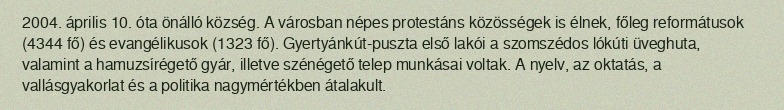
2004. április 10. óta önálló község. A városban népes protestáns közösségek is élnek, főleg reformátusok (4344 fő) és evangélikusok (1323 fő). Gyertyánkút-puszta első lakói a szomszédos lókúti üveghuta, valamint a hamuzsírégető gyár, illetve szénégető telep munkásai voltak. A nyelv, az oktatás, a vallásgyakorlat és a politika nagymértékben átalakult.